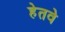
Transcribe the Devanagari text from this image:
हेतवे